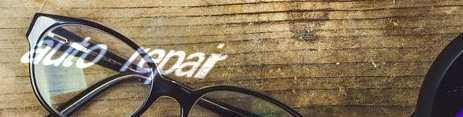
auto repair